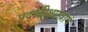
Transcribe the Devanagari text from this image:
पद्ध्तीशास्त्राचं